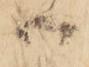
御